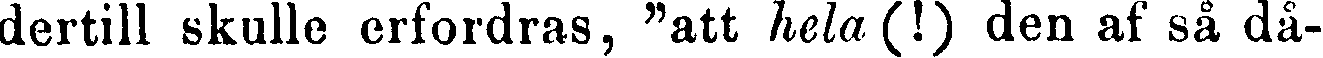
dertill skulle erfordras, "att hela(!) den af så då-